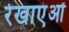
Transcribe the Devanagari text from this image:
रेखाएंओं